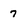
Character: 7